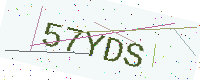
Text: 57YDS